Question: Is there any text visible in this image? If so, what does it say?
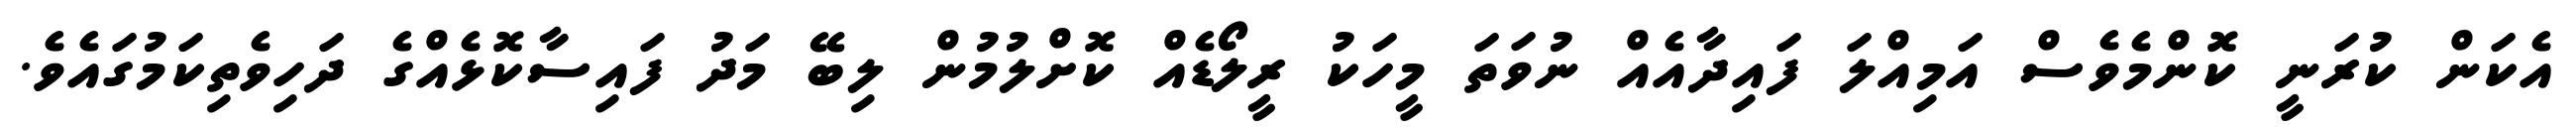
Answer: އެކަން ކުރަނީ ކޮންމެވެސް އަމިއްލަ ފައިދާއެއް ނުވަތަ މީހަކު ރީލޯޑެއް ކޮށްލުމުން ލިބޭ މަދު ފައިސާކޮޅެއްގެ ދަހިވެތިކަމުގައެވެ.